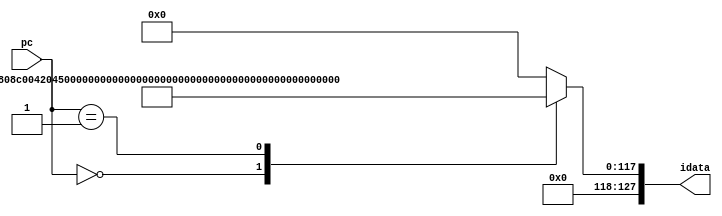
module imem_outa
  (
   input [27:0]       pc,
   output reg [127:0] idata
   );

   always @ (*) begin
      case(pc)
	28'h0: idata = 128'h00202023001081130010202304100093;
	28'h1: idata = 128'h0000000000000000ffdff06f00202423;
	default: idata = 128'h0;
      endcase // case (pc)
   end
endmodule // imem_outa